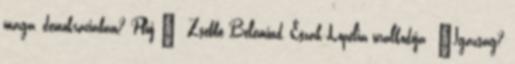
maga, demokráciában? Pfúj ” Zsebbe Belemind, Észak-Lopélia uralkodója „Igazság?